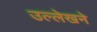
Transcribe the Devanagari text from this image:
उल्लेखने